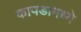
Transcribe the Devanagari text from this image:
कापडामध्ये